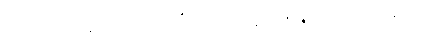
(ဟောတိ၊) မနောဒွါရေ၊ ၌။ အတီတာ၊ ပေ။ ရမ္မဏာနဉ္စေဝ၊ အတိတ် အနာဂတ်